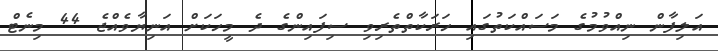
އަލިފާން ނިއްވުމުގެ މަސައްކަތުގައި ހަރަކާތްތެރިވި ސިފައިންގެ ދެ މީހަކަށް އަނިޔާވެއްޖެ 44 މިނެޓް